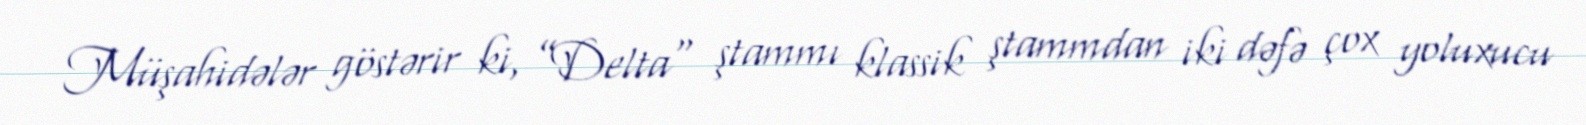
Müşahidələr göstərir ki, ”Delta" ştammı klassik ştammdan iki dəfə çox yoluxucu